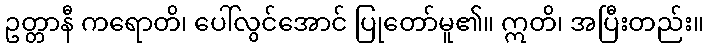
ဥတ္တာနီ ကရောတိ၊ ပေါ်လွင်အောင် ပြုတော်မူ၏။ ဣတိ၊ အပြီးတည်း။